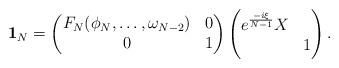
LaTeX: \begin{align*}\mathbf{1}_N=\begin{pmatrix}F_N(\phi_N,\ldots,\omega_{N-2})&0\\0&1\end{pmatrix}\begin{pmatrix}e^{\frac{-i\xi}{N-1}}X&\\&1\end{pmatrix}.\end{align*}